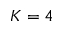
K = 4